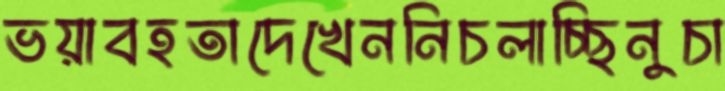
ভয়াবহতাদেখেননিচলাচ্ছিনুচা